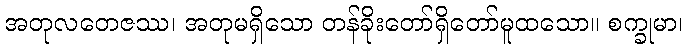
အတုလတေဇဿ၊ အတုမရှိသော တန်ခိုးတော်ရှိတော်မူထသော။ စက္ခုမာ၊